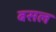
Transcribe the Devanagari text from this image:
बसल